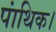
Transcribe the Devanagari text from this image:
पांथिक।